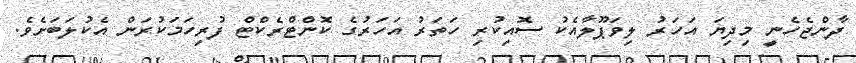
ދާންޖެހެނީ މިދިޔަ އަހަރު ލިވަޕޫލާއެކު ސޮއިކުރި ހަތަރު އަހަރުގެ ކޮންޓްރެކްޓް ފުރިހަމަކުރަން އެކުލަބަށެވެ.